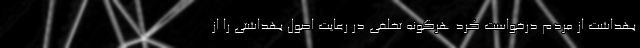
بهداشت از مردم درخواست کرد هرگونه تخلفی در رعایت اصول بهداشتی را از